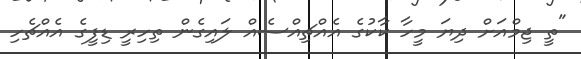
"ތީ ޖިމްއަށް ދިޔަ މީހާ ކާކުގެ އެއްޗިއްސެއް ލައިގެން ތިހިރީ ޑިފީގެ އެއްޗެހި